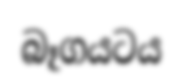
බෑගයටය